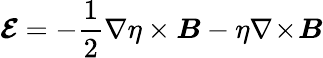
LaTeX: \boldsymbol{\mathcal{E}}=-\frac{1}{2}\nabla\eta\times\boldsymbol{B}-\eta\nabla\! \times\! \boldsymbol{B}